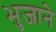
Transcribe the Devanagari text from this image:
भुजाने